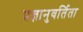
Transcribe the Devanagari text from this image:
प्रज्ञानुवर्तिता